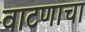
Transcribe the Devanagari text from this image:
वाटणाचा